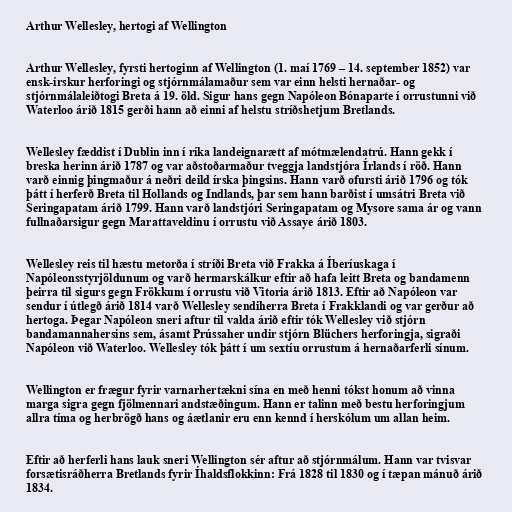
Arthur Wellesley, hertogi af Wellington

Arthur Wellesley, fyrsti hertoginn af Wellington (1. maí 1769 – 14. september 1852) var
ensk-írskur herforingi og stjórnmálamaður sem var einn helsti hernaðar- og
stjórnmálaleiðtogi Breta á 19. öld. Sigur hans gegn Napóleon Bónaparte í orrustunni við
Waterloo árið 1815 gerði hann að einni af helstu stríðshetjum Bretlands.

Wellesley fæddist í Dublin inn í ríka landeignarætt af mótmælendatrú. Hann gekk í
breska herinn árið 1787 og var aðstoðarmaður tveggja landstjóra Írlands í röð. Hann
varð einnig þingmaður á neðri deild írska þingsins. Hann varð ofursti árið 1796 og tók
þátt í herferð Breta til Hollands og Indlands, þar sem hann barðist í umsátri Breta við
Seringapatam árið 1799. Hann varð landstjóri Seringapatam og Mysore sama ár og vann
fullnaðarsigur gegn Marattaveldinu í orrustu við Assaye árið 1803.

Wellesley reis til hæstu metorða í stríði Breta við Frakka á Íberíuskaga í
Napóleonsstyrjöldunum og varð hermarskálkur eftir að hafa leitt Breta og bandamenn
þeirra til sigurs gegn Frökkum í orrustu við Vitoria árið 1813. Eftir að Napóleon var
sendur í útlegð árið 1814 varð Wellesley sendiherra Breta í Frakklandi og var gerður að
hertoga. Þegar Napóleon sneri aftur til valda árið eftir tók Wellesley við stjórn
bandamannahersins sem, ásamt Prússaher undir stjórn Blüchers herforingja, sigraði
Napóleon við Waterloo. Wellesley tók þátt í um sextíu orrustum á hernaðarferli sínum.

Wellington er frægur fyrir varnarhertækni sína en með henni tókst honum að vinna
marga sigra gegn fjölmennari andstæðingum. Hann er talinn með bestu herforingjum
allra tíma og herbrögð hans og áætlanir eru enn kennd í herskólum um allan heim.

Eftir að herferli hans lauk sneri Wellington sér aftur að stjórnmálum. Hann var tvisvar
forsætisráðherra Bretlands fyrir Íhaldsflokkinn: Frá 1828 til 1830 og í tæpan mánuð árið
1834.